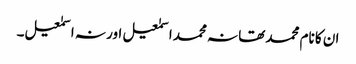
ان کا نام محمد تھا نہ محمد اسمٰعیل اور نہ اسمٰعیل۔